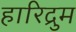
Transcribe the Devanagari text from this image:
हारिद्रुम